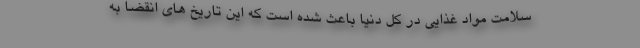
سلامت مواد غذایی در کل دنیا باعث شده است که این تاریخ های انقضا به